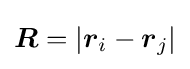
{\boldsymbol {R}}=|{\boldsymbol {r}}_{i}-{\boldsymbol {r}}_{j}|